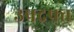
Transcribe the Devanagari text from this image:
उपद्रफ्त